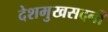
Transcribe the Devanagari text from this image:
देशमुखसदनीं